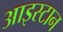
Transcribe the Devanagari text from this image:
आइस्टान